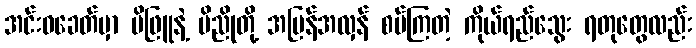
အင်းဝခေတ်မှာ မိဖြူနဲ့ မိညိုတို့ အပြန်အလှန် စပ်ကြတဲ့ ကိုယ်ရည်သွေး ရတုတွေလည်း